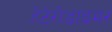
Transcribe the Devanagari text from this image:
हेटेरोडाइमर